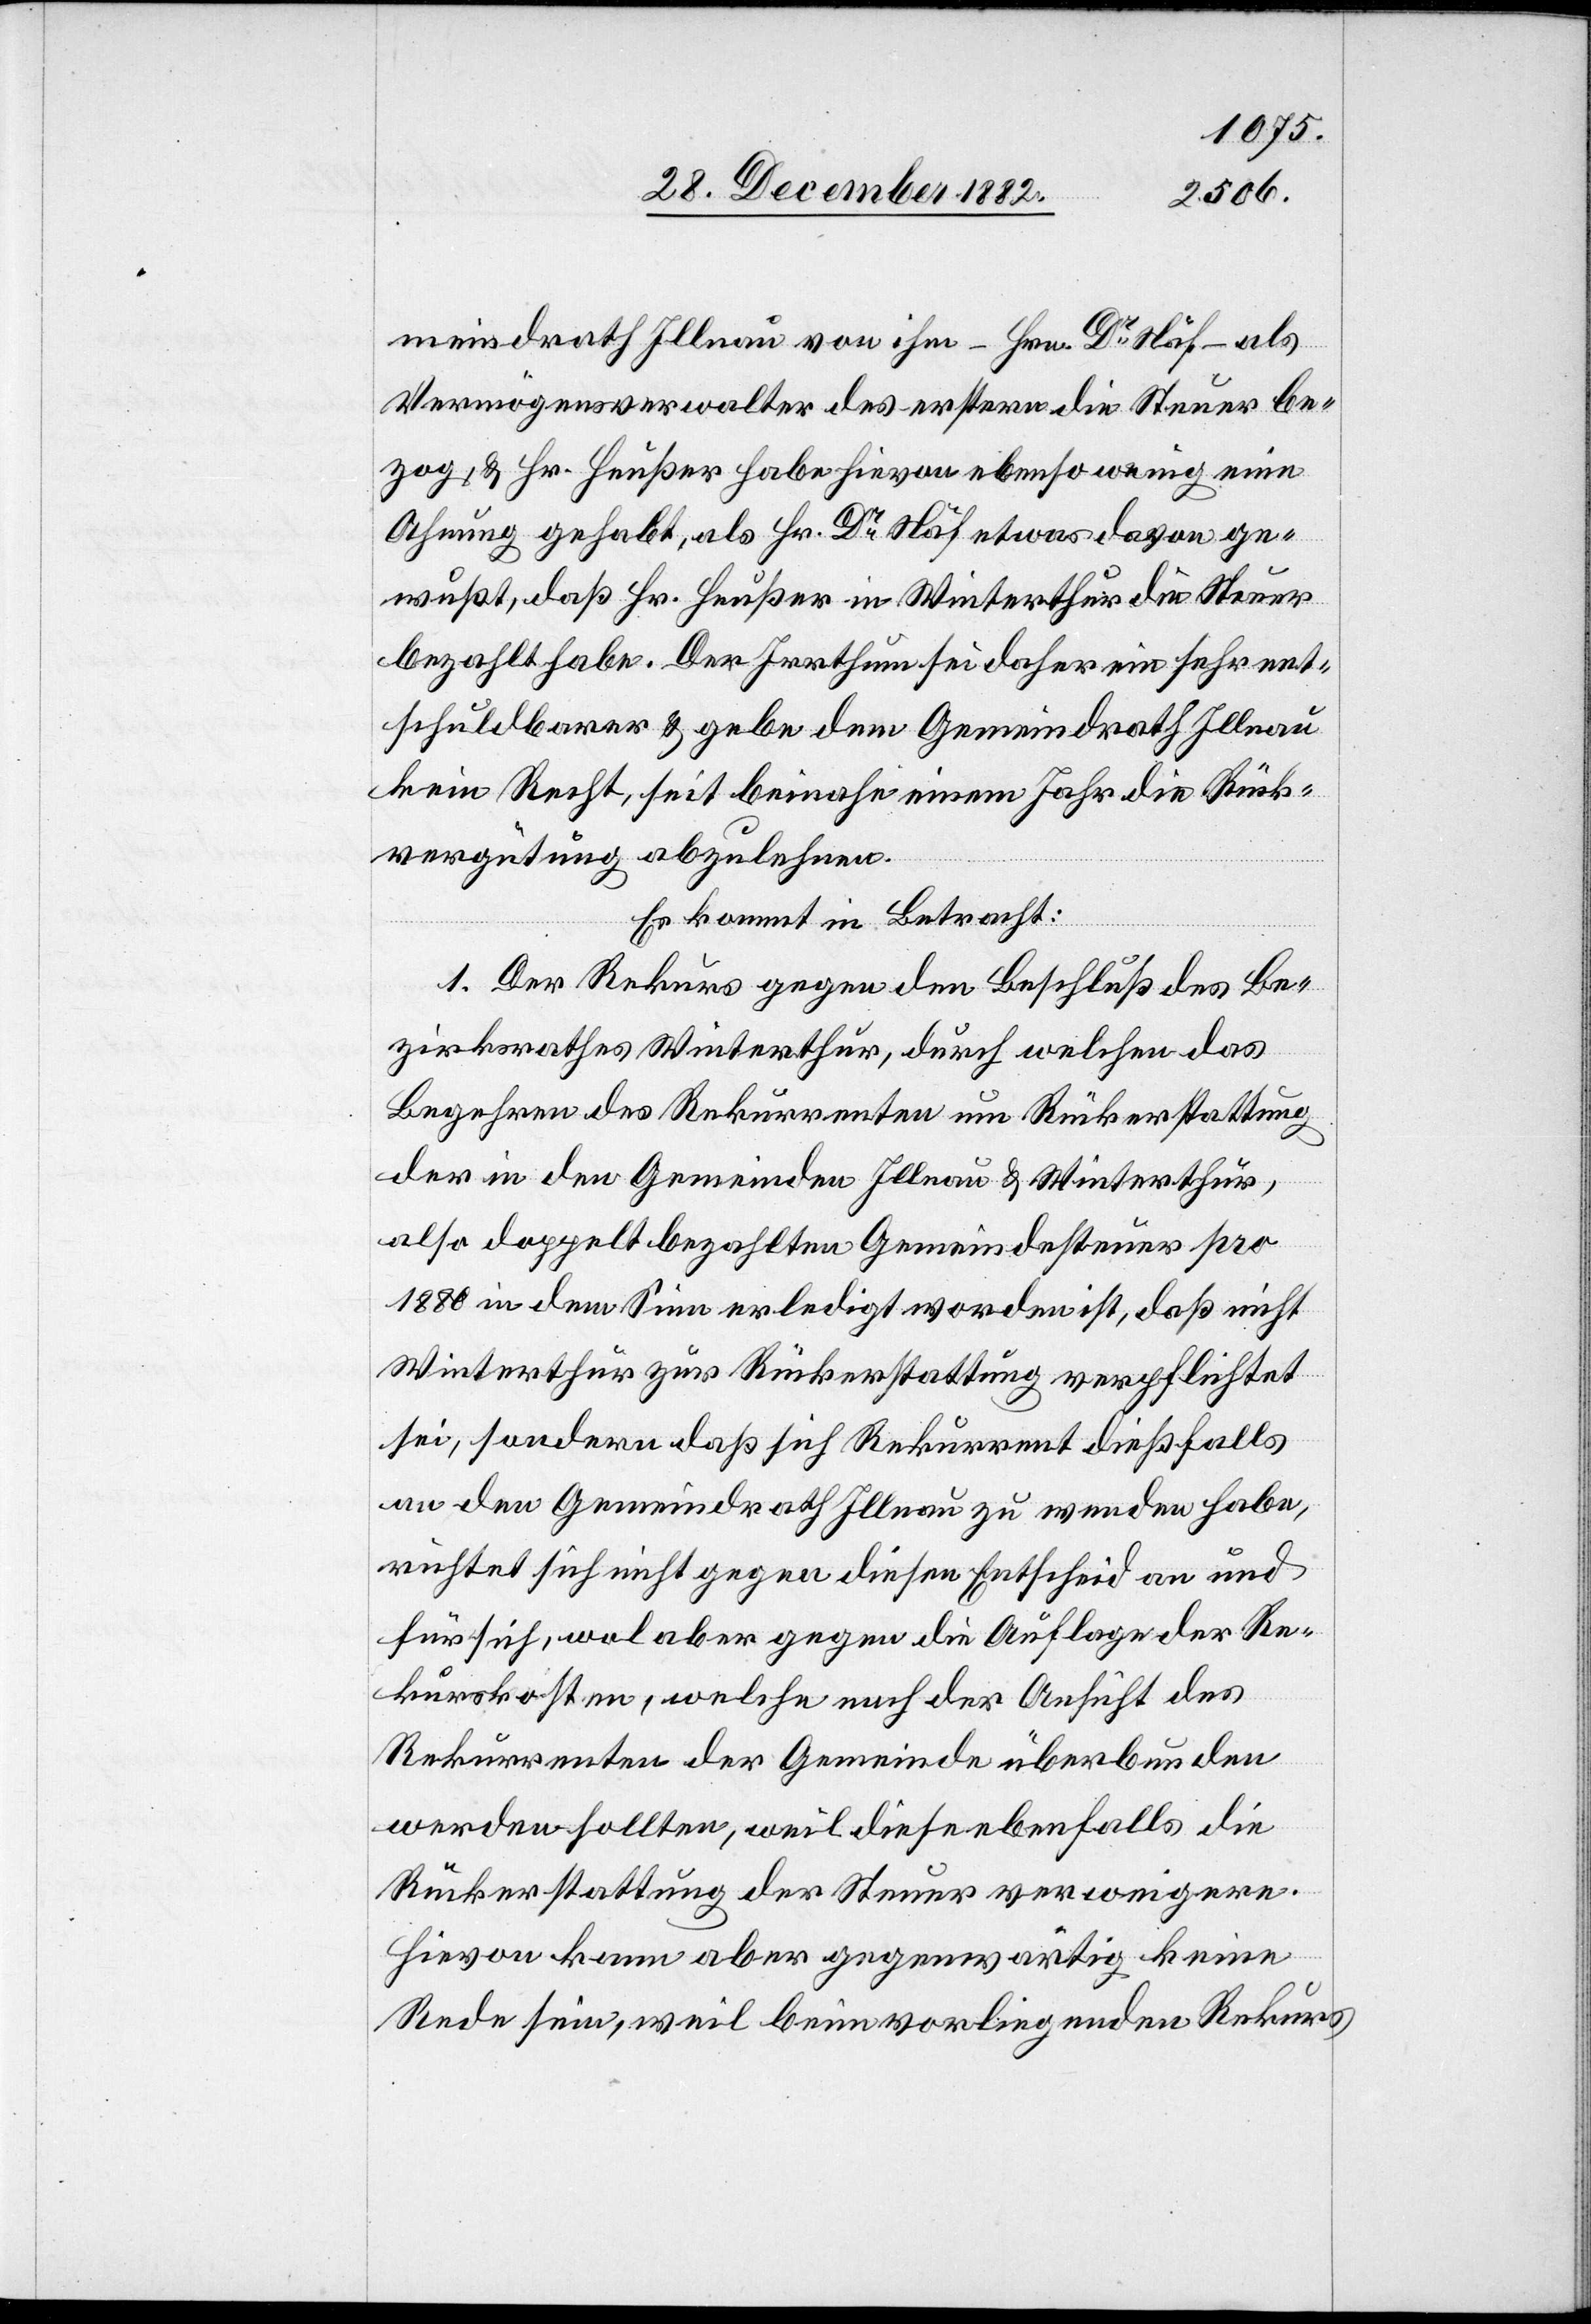
meindrath Illnau von ihm – Hrn. Dr Näf – als
Vermögensverwalter des erstern die Steuer be¬
zog, & Hr. Heußer habe hievon ebenso wenig eine
Ahnung gehabt, als Hr. Dr Näf etwas davon ge¬
wußt, daß Hr. Heußer in Winterthur die Steuer
bezahlt habe. Der Irrthum sei daher ein sehr ent¬
schuldbarer & gebe dem Gemeindrath Illnau
kein Recht, seit beinahe einem Jahr die Rück¬
vergütung abzulehnen.
Es kommt in Betracht:
1. Der Rekurs gegen den Beschluß des Be¬
zirksrathes Winterthur, durch welchen das
Begehren des Rekurrenten um Rückerstattung
der in den Gemeinden Illnau & Winterthur,
also doppelt bezahlten Gemeindesteuer pro
1880 in dem Sinn erledigt worden ist, daß nicht
Winterthur zur Rückerstattung verpflichtet
sei, sondern daß sich Rekurrent dießfalls
an den Gemeindrath Illnau zu wenden habe,
richtet sich nicht gegen diesen Entscheid an und
für sich, wol aber gegen die Auflage der Re¬
kurskosten, welche nach der Ansicht des
Rekurrenten der Gemeinde überbunden
werden sollten, weil diese ebenfalls die
Rückerstattung der Steuer verweigere.
Hievon kann aber gegenwärtig keine
Rede sein, weil beim vorliegenden Rekurs